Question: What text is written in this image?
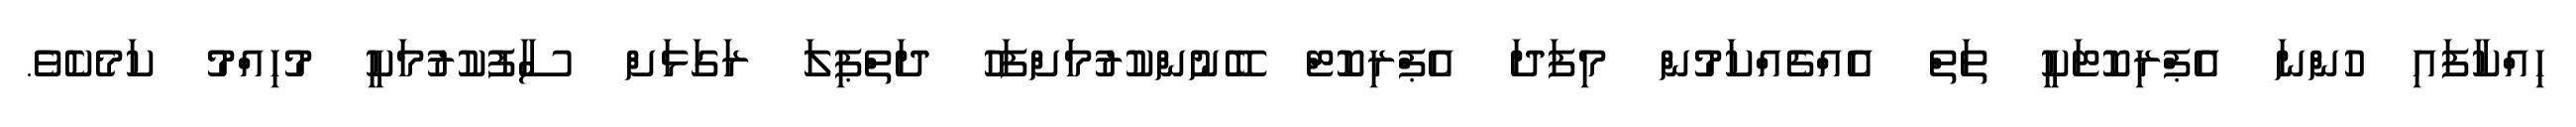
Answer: ހިއްކާފައި ހުންނަ އެޕްރިކޮޓަކީ ތަތް އެއްޗެއްކަމުން މިފަދަ އެޕްރިކޮޓް ބޭނުންކުރުމަށްފަހު ދަތްޕިލަ ރަގަޅަށް ސާފުކުރުމަކީ މުހިއްމު ކަމެކެވެ.